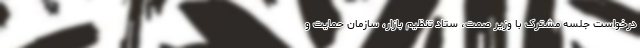
درخواست جلسه مشترک با وزیر صمت، ستاد تنظیم بازار، سازمان حمایت و